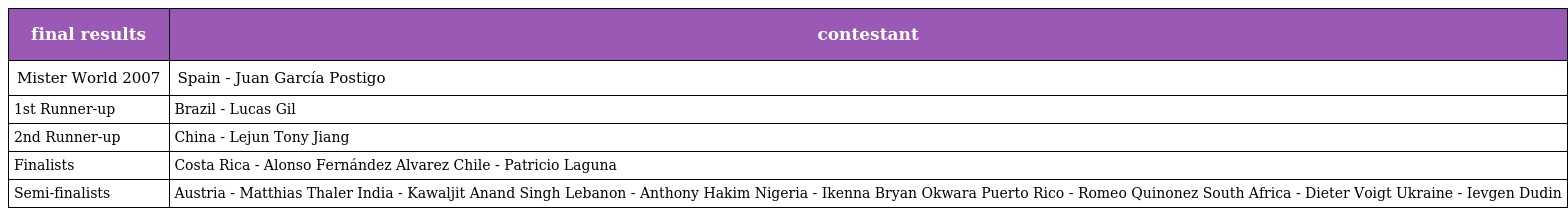
| final results | contestant |
 | --- | --- |
 | Mister World 2007 | Spain - Juan García Postigo |
 | 1st Runner-up | Brazil - Lucas Gil |
 | 2nd Runner-up | China - Lejun Tony Jiang |
 | Finalists | Costa Rica - Alonso Fernández Alvarez Chile - Patricio Laguna |
 | Semi-finalists | Austria - Matthias Thaler India - Kawaljit Anand Singh Lebanon - Anthony Hakim Nigeria - Ikenna Bryan Okwara Puerto Rico - Romeo Quinonez South Africa - Dieter Voigt Ukraine - Ievgen Dudin |